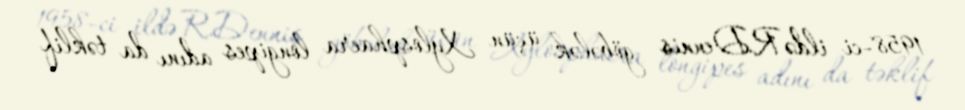
1958-ci ildə R.Dennis göbələk üçün Xylosphaera longipes adını da təklif